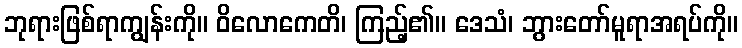
ဘုရားဖြစ်ရာကျွန်းကို။ ဝိလောကေတိ၊ ကြည့်၏။ ဒေသံ၊ ဘွားတော်မူရာအရပ်ကို။